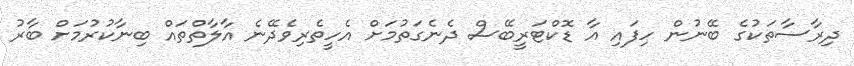
ދިރާސާތަކުގެ ބޭނުން ހިފައި އާ ޑޮކްޓަރީބޭސް ދެނެގަތުމަށް އެހީތެރިވެދޭނެ އާލާތްތައް ބިނާކުރުމަށް ބާރު